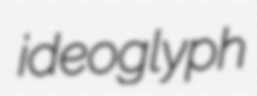
ideoglyph